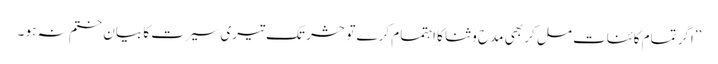
’’اگر تمام کائنات مل کر بھی مدح و ثنا کا اہتمام کرے تو حشر تک تیری سیرت کا بیان ختم نہ ہو ۔